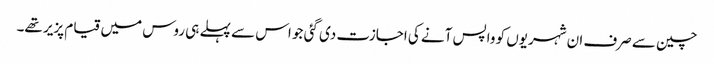
چین سے صرف ان شہریوں کو واپس آنے کی اجازت دی گئی جو اس سے پہلے ہی روس میں قیام پزیر تھے۔